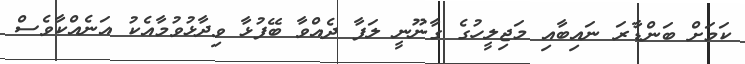
ކަމަށް ބަންޑާރަ ނައިބާއި މަޖިލީހުގެ ގާނޫނީ ލަފާ ދެއްވާ ބޭފުޅާ ވިދާޅުވުމާއެކު އަނެއްކާވެސް